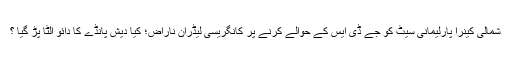
شمالی کینرا پارلیمانی سیٹ کو جے ڈی ایس کے حوالے کرنے پر کانگریسی لیڈران ناراض؛ کیا دیش پانڈے کا دائو اُلٹا پڑ گیا ؟